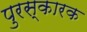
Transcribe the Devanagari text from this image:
पुरस्कारक